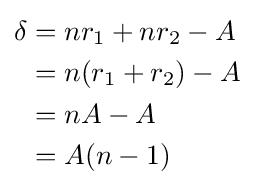
{\begin{aligned}\delta &=nr_{1}+nr_{2}-A\\&=n(r_{1}+r_{2})-A\\&=nA-A\\&=A(n-1)\end{aligned}}